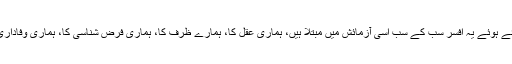
میں اور آپ اور خدا کے بنائے ہوئے یہ افسر سب کے سب اسی آزمائش میں مبتلا ہیں، ہماری عقل کا، ہمارے ظرف کا، ہماری فرض شناسی کا، ہماری وفاداری کا سخت امتحان ہورہا ہے۔